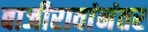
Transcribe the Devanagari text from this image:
बाजीरावांनंतर